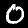
Digit: 0